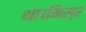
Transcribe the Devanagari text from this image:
था।मिस्र